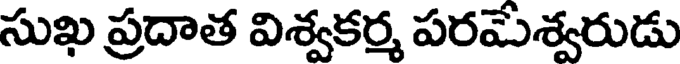
సుఖ ప్రదాత విశ్వకర్మ పరమేశ్వరుడు